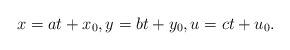
LaTeX: \begin{align*}x=at+x_0,y=bt+y_0,u=ct+u_0.\end{align*}